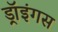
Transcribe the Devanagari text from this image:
ड्रॉइंगस